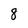
Character: 8